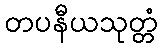
တပနီယသုတ္တံ